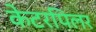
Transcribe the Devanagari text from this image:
केटरपिलर